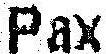
PAX